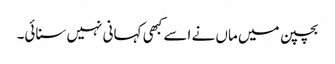
بچپن میں ماں نے اسے کبھی کہانی نہیں سنائی۔